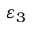
\varepsilon _ { 3 }